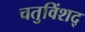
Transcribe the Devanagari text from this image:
चतुविंशद्